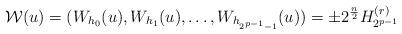
LaTeX: \begin{align*}\mathbf{\mathcal{W}}(u) = (W_{h_0}(u),W_{h_1}(u),\ldots,W_{h_{2^{p-1}-1}}(u)) = \pm 2^{\frac{n}{2}}H_{2^{p-1}}^{(r)}\end{align*}